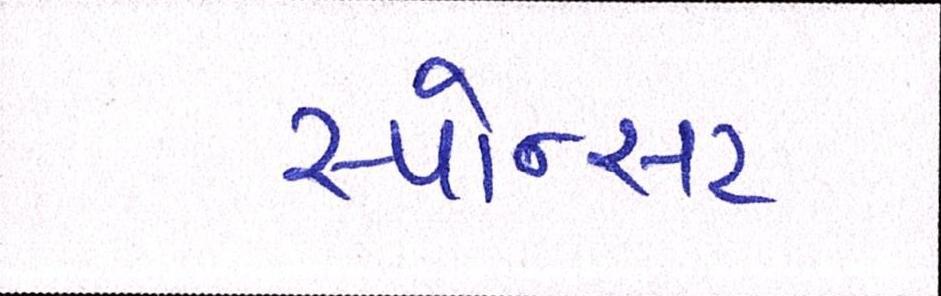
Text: સ્પોન્સર